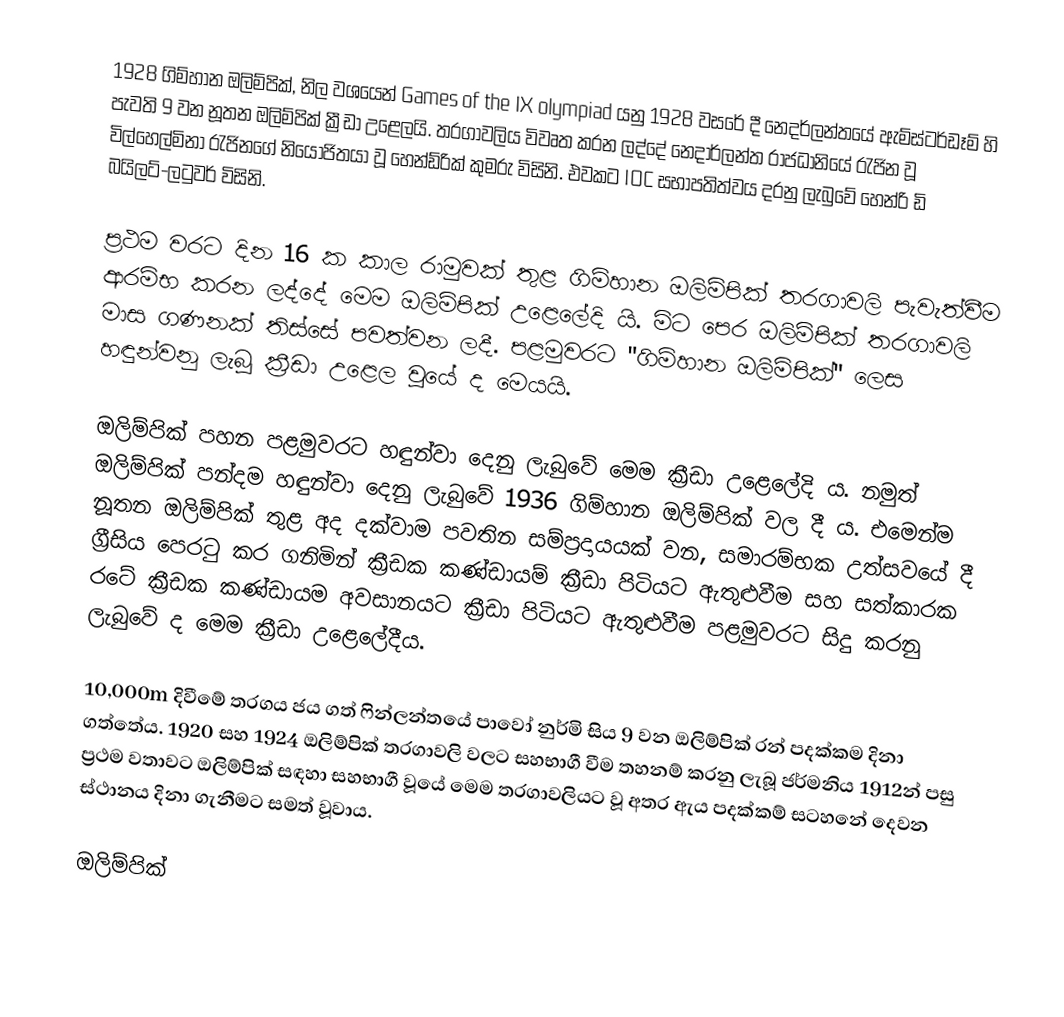
1928 ගිම්හාන ඔලිම්පික්, නිල වශයෙන් Games of the IX olympiad යනු 1928 වසරේ දී නෙදර්ලන්තයේ ඇම්ස්ටර්ඩෑම් හි පැවති 9 වන නූතන ඔලිම්පික් ක්‍රීඩා උළෙලයි. තරගාවලිය විවෘත කරන ලද්දේ නෙදාර්ලන්ත රාජධානියේ රැජින වූ විල්හෙල්මිනා රැජිනගේ නියෝජිතයා වූ හෙන්ඩ්රික් කුමරු විසිනි. එවකට IOC සභාපතිත්වය දරනු ලැබුවේ හෙන්රි ඩි බයිලට්-ලටුවර් විසිනි.

ප්‍රථම වරට දින 16 ක කාල රාමුවක් තුළ ගිම්හාන ඔලිම්පික් තරගාවලි පැවැත්වීම ආරම්භ කරන ලද්දේ මෙම ඔලිම්පික් උළෙලේදි යි. මිට පෙර ඔලිම්පික් තරගාවලි මාස ගණනක් තිස්සේ පවත්වන ලදී. පළමුවරට "ගිම්හාන ඔලිම්පික්" ලෙස හඳුන්වනු ලැබූ ක්‍රීඩා උළෙල වූයේ ද මෙයයි.

ඔලිම්පික් පහන පළමුවරට හඳුන්වා දෙනු ලැබුවේ මෙම ක්‍රීඩා උළෙලේදි ය. නමුත් ඔලිම්පික් පන්දම හඳුන්වා දෙනු ලැබුවේ 1936 ගිම්හාන ඔලිම්පික් වල දී ය. එමෙන්ම නූතන ඔලිම්පික් තුළ අද දක්වාම පවතින සම්ප්‍රදායයක් වන, සමාරම්භක උත්සවයේ දී ග්‍රීසිය පෙරටු කර ගනිමින් ක්‍රීඩක කණ්ඩායම් ක්‍රීඩා පිටියට ඇතුළුවීම සහ සත්කාරක රටේ ක්‍රීඩක කණ්ඩායම අවසානයට ක්‍රීඩා පිටියට ඇතුළුවීම  පළමුවරට සිදු කරනු ලැබුවේ ද මෙම ක්‍රීඩා උළෙලේදීය.

10,000m දිවීමේ තරගය ජය ගත් ෆින්ලන්තයේ පාවෝ නුර්මි සිය 9 වන ඔලිම්පික් රන් පදක්කම දිනා ගත්තේය. 1920 සහ 1924 ඔලිම්පික් තරගාවලි වලට සහභාගී වීම තහනම් කරනු ලැබූ ජර්මනිය 1912න් පසු ප්‍රථම වතාවට ඔලිම්පික් සඳහා සහභාගී වූයේ මෙම තරගාවලියට වූ අතර ඇය පදක්කම් සටහනේ දෙවන ස්ථානය දිනා ගැනීමට සමත් වූවාය.

ඔලිම්පික්